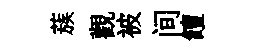
蔟觀被间饘